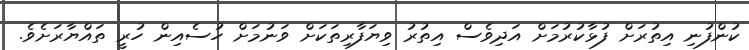
ކުންފުނި އިތުރަށް ފުޅާކުރުމަށް އަދިވެސް އިތުރު ވިޔަފާރިތަކަށް ވަނުމަށް ހުސެއިން ހުރީ ތައްޔާރަށެވެ.